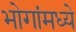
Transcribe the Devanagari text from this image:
भोगांमध्ये